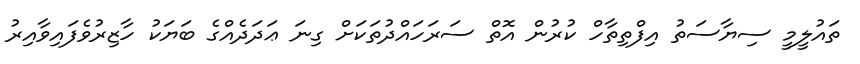
ތައުލީމީ ސިޔާސަތު އިފްތިތާހް ކުރުން އޮތް ސަރަހައްދުތަކަށް ގިނަ ޢަދަދެއްގެ ބަޔަކު ހާޒިރުވެފައިވާއިރު